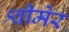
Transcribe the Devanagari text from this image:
श्वीमेर